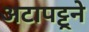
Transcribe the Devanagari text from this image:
अटापट्टूने